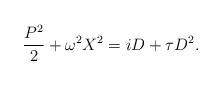
LaTeX: \begin{align*}\frac{P^2}{2}+\omega^2 X^2=iD+\tau D^2. \end{align*}